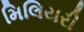
મિલિયરી